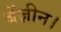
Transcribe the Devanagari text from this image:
बेंज़ीन।